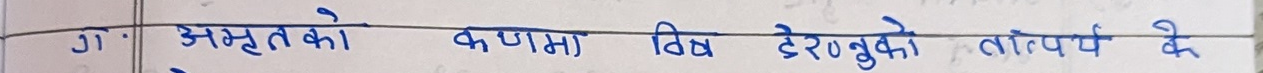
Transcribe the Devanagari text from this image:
ग) अमृतको कमा विष्णुकले तात्पर्य दे